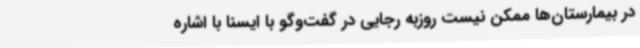
در بیمارستان‌ها ممکن نیست روزبه رجایی در گفت‌وگو با ایسنا با اشاره